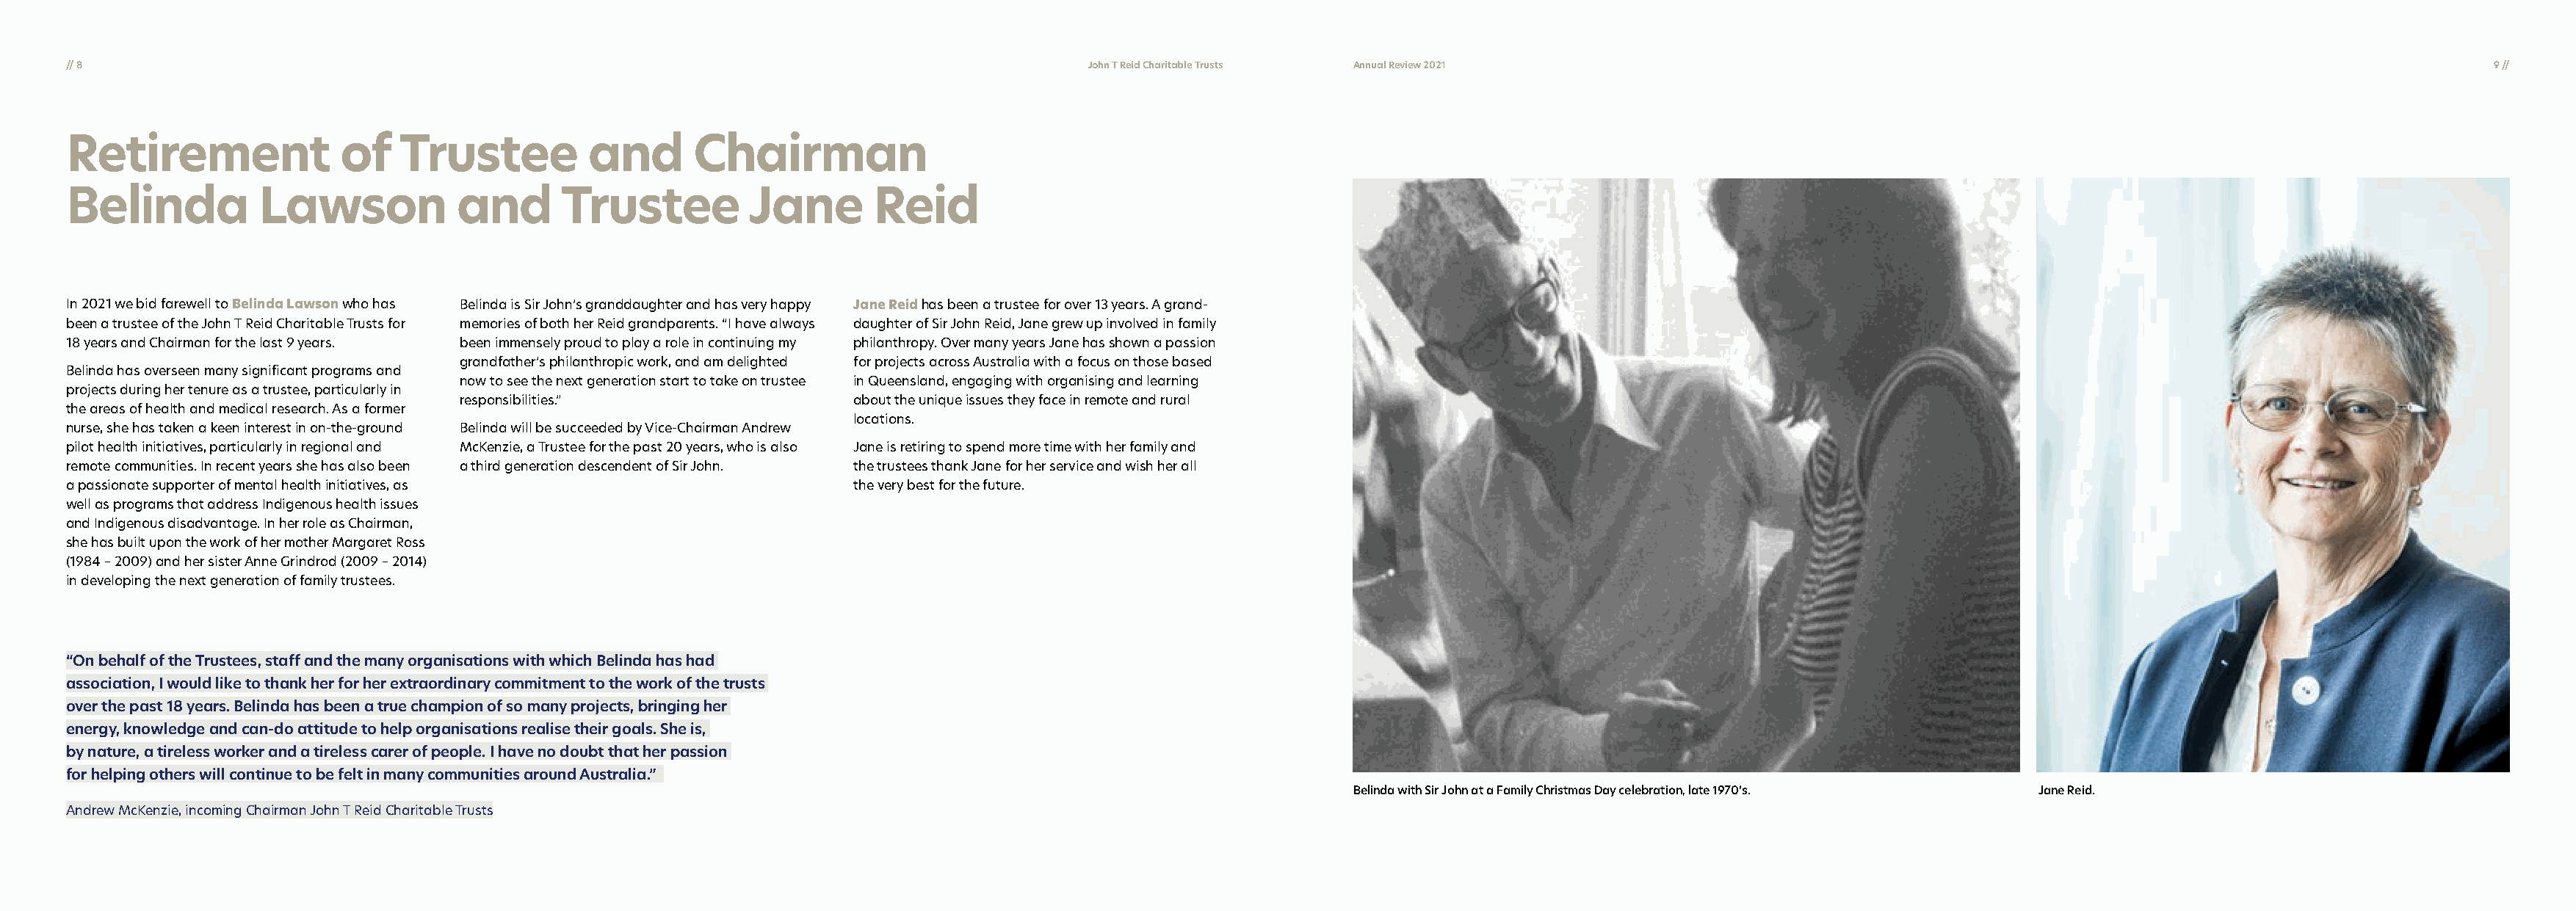
// 8                                                                                        John T Reid Charitable Trusts Annual Review 2021                                                                               9 //
 Retirement               of   Trustee          and       Chairman
 Belinda          Lawson            and       Trustee          Jane       Reid
 In 2021 we bid farewell to Belinda Lawson who has Belinda is Sir John’s granddaughter and has very happy Jane Reid has been a trustee for over 13 years. A grand-
 been a trustee of the John T Reid Charitable Trusts for memories of both her Reid grandparents. “I have always daughter of Sir John Reid, Jane grew up involved in family
 18 years and Chairman for the last 9 years. been immensely proud to play a role in continuing my philanthropy. Over many years Jane has shown a passion
 grandfather’s philanthropic work, and am delighted for projects across Australia with a focus on those based
 Belinda has overseen many significant programs and
 now to see the next generation start to take on trustee in Queensland, engaging with organising and learning
 projects during her tenure as a trustee, particularly in
 responsibilities.”                  about the unique issues they face in remote and rural
 the areas of health and medical research. As a former
 locations.
 nurse, she has taken a keen interest in on-the-ground Belinda will be succeeded by Vice-Chairman Andrew
 pilot health initiatives, particularly in regional and McKenzie, a Trustee for the past 20 years, who is also Jane is retiring to spend more time with her family and
 remote communities. In recent years she has also been a third generation descendent of Sir John. the trustees thank Jane for her service and wish her all
 a passionate supporter of mental health initiatives, as                the very best for the future.
 well as programs that address Indigenous health issues
 and Indigenous disadvantage. In her role as Chairman,
 she has built upon the work of her mother Margaret Ross
 (1984 – 2009) and her sister Anne Grindrod (2009 – 2014)
 in developing the next generation of family trustees.
 “On behalf of the Trustees, staff and the many organisations with which Belinda has had
 association, I would like to thank her for her extraordinary commitment to the work of the trusts
 over the past 18 years. Belinda has been a true champion of so many projects, bringing her
 energy, knowledge and can-do attitude to help organisations realise their goals. She is,
 by nature, a tireless worker and a tireless carer of people. I have no doubt that her passion
 for helping others will continue to be felt in many communities around Australia.”
 Belinda with Sir John at a Family Christmas Day celebration, late 1970’s. Jane Reid.
 Andrew McKenzie, incoming Chairman John T Reid Charitable Trusts